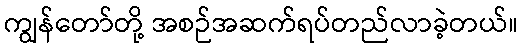
ကျွန်တော်တို့ အစဉ်အဆက်ရပ်တည်လာခဲ့တယ်။